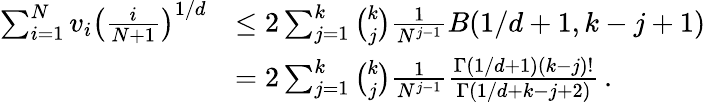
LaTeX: \begin{array}{rl}{\sum_{i=1}^{N}v_{i}\left(\frac{i}{N+1}\right)^{1/d}}&{\leq 2\sum_{j=1}^{k}{\binom{k}{j}}\frac{1}{N^{j-1}}B(1/d+1,k-j+1)}\\ &{=2\sum_{j=1}^{k}{\binom{k}{j}}\frac{1}{N^{j-1}}\frac{\Gamma(1/d+1)(k-j)!}{\Gamma(1/d+k-j+2)}\, .}\end{array}